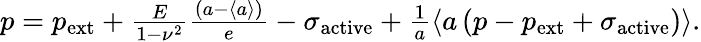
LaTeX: \begin{array}{r}{p=p_{\mathrm{ext}}+\frac{E}{1-\nu^{2}}\frac{\left(a-\langle a\rangle\right)}{e}-\sigma_{\mathrm{active}}+\frac{1}{a}\left\langle a\left(p-p_{\mathrm{ext}}+\sigma_{\mathrm{active}}\right)\right\rangle.}\end{array}